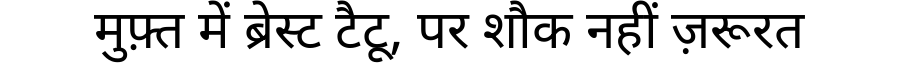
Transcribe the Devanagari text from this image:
मुफ़्त में ब्रेस्ट टैटू, पर शौक नहीं ज़रूरत